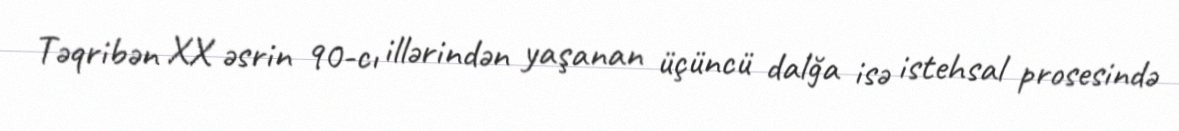
Təqribən XX əsrin 90-cı illərindən yaşanan üçüncü dalğa isə istehsal prosesində